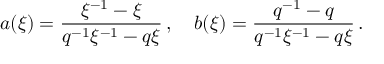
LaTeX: a ( \xi ) = \frac { \xi ^ { - 1 } - \xi } { q ^ { - 1 } \xi ^ { - 1 } - q \xi } \, , \quad b ( \xi ) = \frac { q ^ { - 1 } - q } { q ^ { - 1 } \xi ^ { - 1 } - q \xi } \, .